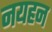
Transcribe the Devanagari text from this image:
नयहन